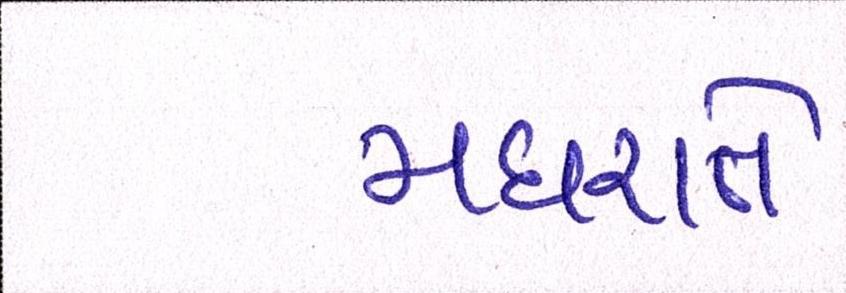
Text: મધરાતે